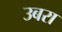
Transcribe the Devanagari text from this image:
उबरा